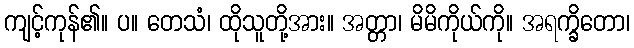
ကျင့်ကုန်၏။ ပ။ တေသံ၊ ထိုသူတို့အား။ အတ္တာ၊ မိမိကိုယ်ကို။ အရက္ခိတော၊